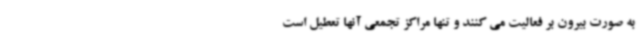
به صورت بیرون بر فعالیت می کنند و تنها مراکز تجمعی آنها تعطیل است